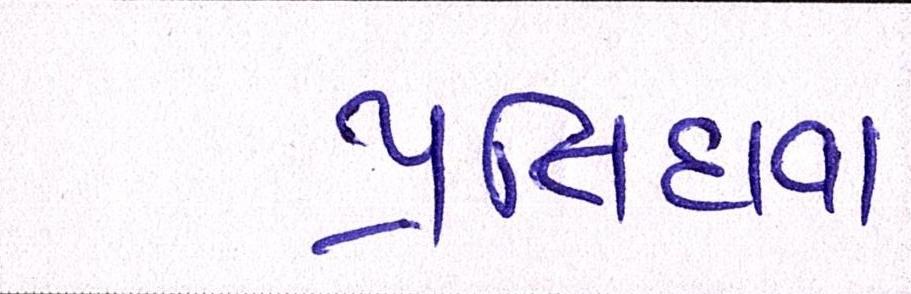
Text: પ્રતિદાવા